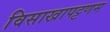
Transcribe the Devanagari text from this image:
विसाखापट्टणम